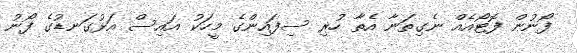
ފޯނުން ފޮޓޯއެއް ނެގިތަނާ އެތާ ހުރި ސިފައިންގެ މީހަކު އައިސް އަޅުގަނޑުގެ ފޯނު